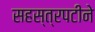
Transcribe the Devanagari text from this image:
सहस्त्रपटीने